Vital statistics of India. Vol. VI, European troops 1870-79
Year: 1870
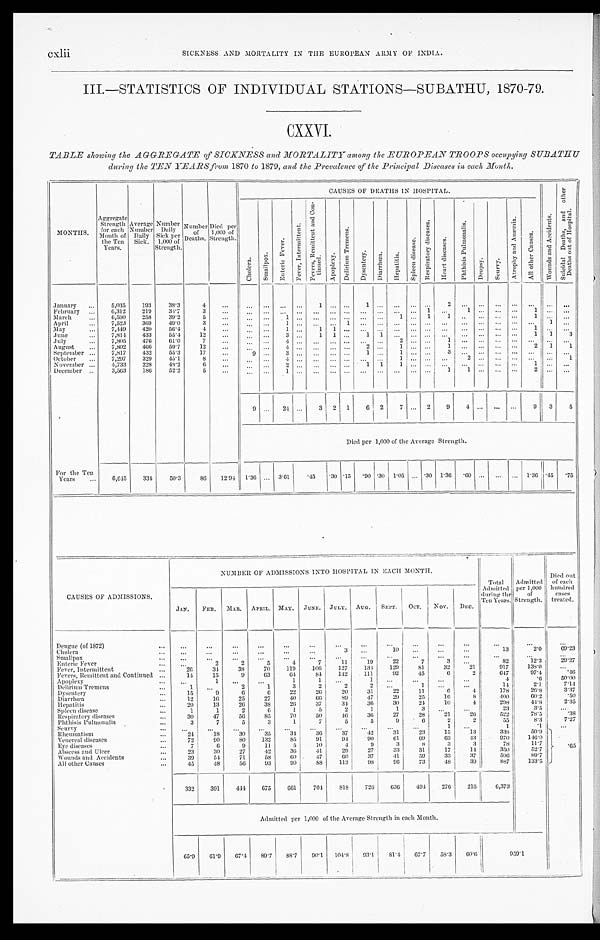
cxlii
SICKNESS AND MORTALITY IN THE EUROPEAN ARMY OF INDIA.
III.—STATISTICS OF INDIVIDUAL STATIONS—SUBATHU, 1870-79.
CXXVI.
TABLE showing the AGGREGATE of S I C K N E S S a n d M O R T A L I T Y a m o n g t h e E U R O P E A N T R O O P S o c c u p y i n g S U B A T E U
during the TEN YEARSfrom
1 8 7 0
t o
1 8 7 9 ,
a n d t h e P r e v a l e n c e
o f
t h e P r i n c i p a l D i s e a s e s i n e a c h M o n t h .
MONTHS.
Aggregate Strength for each
Month of
the Ten
Years.
A v e r a g e
Number Daily Sick.
Number Daily
Sick Per
1,000 of
Strength.
Number of
Deaths.
Died per . .
1,000 of S t r e n g t h .
CAUSES OF DEATHS IN HOSPITAL.
W o u n d s a n d A c c i d e n t s .
S u i c i d a l D e a t h s , a n d o t h e r D e a t h s o u t o f H o s p i t a l .
C h o l e r a .
S m a l l p o x .
E n t e r i c F e v e r .
F e v e r , I n t e r m i t t e n t .
F e v e r s , R e m i t t e n t a n d C o n -
t i n u e d .
A p o p l e x y .
D e l i r i u m T r e m e n s .
D y s e n t e r y . D i a r h œ a . H e p a t i t i s .
S p l e e n d i s e a s e .
R e s p i r a t o r y d i s e a s e s .
H e a r t d i s e a s e s .
P h t h i s i s P u l m o n a l i s .
D r o p s y . S c u r y .
A t r o p h y a n d A n æ m i a .
A l l o t h e r C a u s e s .
January
5,035 193 38.3
4
1
1
2
February
6,312 219 34.7
3
1
1
1
Mar ch
6,590 258 39.2
5
1
1
1
1
April
7,523
3 6 9 49.0
3
1
1
1
May
7,449 420 56.4
4
1
1 1
1
June
7,814 433 55.4 12
3
1 1 1
1
1 1
3
July
7,805 476
6 1 . 0
7
4
2
1
August
7,802 466 59.7 12
4
2
1
1
2 1 1
September
7,817 432 55.3 17
9
3
1
1
3
October
7,297 329 45.1
8
4
1
2
1
November
4,733 228 48.2
6
2
1 1 1
1
December
3,563 186 52.2
5
1
1
1
2
9
2 4
3 2 1 6 2 7
2 9 4
9 3 5
Died per 1 , 0 0 0o
f t h e A v e r a g e S t r e n g t h .
For the Ten
Years
6,645
3 3 4 50.3 86 12.94 1 . 3 6
3 . 6 1 .45 .30 .15
. 9 0 .30 1 . 0 5 .30 1. 36 .60
1 . 3 6 .45 .75
CAUSES OF ADMISSIONS.
NUMBER OF ADMISSIONS INTO HOSPITAL IN EACH MONTH.
Total
Admitted
during the
Ten Years.
Admitted per 1,000
of
Strength.
Died out
of each
hundred cases
treated.
JAN. FEB. MAR. APRIL. MAY. JUNE. JULY. AUG. SEPT. OCT. NOV. DEC.
Dengue (of 1872)
Cholera
3
1 0
1 3
2.0 69.23
Smallpox Enteric Fever
2
2
5
4
7
1 1
1 9
22 7
3
82
12.3 29.27
Fever, Intermittent
26
3 4 38
70
1 1 9 106
1 2 7
1 3 4 129
81 32
21
917 138.0
Fevers, Remittent andContinued
1 4
1 5 9
6 3
6 4
84
1 4 2
1 1 1 92
45
6
2
6 4 7 97.4
. 4 6
Apoplexy
1
1
1
1
4
. 6 50.00
Delirium Tremens
1
2
1
3
2
2
2
1
1 4
2.1
7.14
D y s e n t e r y
15
9
6
6
22
2 6
20
3 1 22
1 1
6
4
178
26.8
3.37
D i r r h œ a
12
1 6
25
27 40
6 6
8 9
47
29
25
1 6
8 400
6 0 . 2
.50
H e p a t i t i s
2 0
1 3 26 38
26
37 34
3 6 30
24 10
4
298
41.8
2.35
Spleen disease
1 1
2
6
1
5
2
1
1
3
23
3.5
Respiratory diseases
30
4 7
56
85
70
50
4 6
3 6 27
28
2 1
26 522
78.5
.38
Plithisis Pulmonalis
3 7
5
3
1
7
5
5
9
6
2
2
55
8.3
7.27
S c u r v y
3
1
1
. 1
Rheumatis
24
1 8
3 0
3 5
3 4
3 6
3 7
42
3 1 23 15
1 3 338
5 0 . 9
. 65
V Venereal disease
90
80 132
85
9 1
9 1
90
6 1 69
6 3
4 3 970
1 1 6 . 0
E y e d i s e a s e s .
7
6
9
1 1
5 10
4
9
3
8
3
3
78 11.7
Abscess and Ulcer
2 3
3 0
2 7 42
3 6
41
29
27
3 3
3 1 17
1 4
350 52.7
W Wounds and Accident
3 9 54
71
58 60
47 60 37
4 1 59
3 3 37
596
89.7
All other Causes
4 5 48
56
93
90
88
1 1 3
98
96 73 48 39
887
1 3 3 . 5
3 3 2 391 444 675
6 6 1 704 818 726
6 3 6 494 276 216 6,373
Admi t t ed per 1, 000 of t he Average St rengt h i n each Mont h.
65.9 61.9 67.4 89.7 88. 7 90.1
1 0 4 . 8 93.1
8 1 . 4 6 7
. 7
58.3
6 0 . 6
959.1